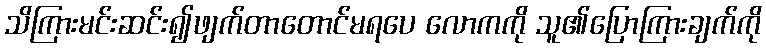
သိကြားမင်းဆင်း၍ဖျက်တာတောင်မရပေ လောကကို သူ၏ပြောကြားချက်ကို